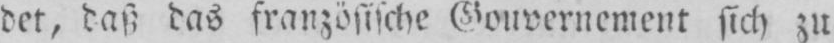
det, daß das französische Gouvernement sich zu